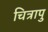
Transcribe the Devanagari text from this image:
चित्रापु